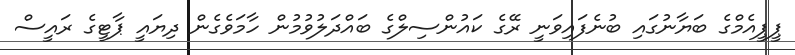
ޕީޕީއެމްގެ ބަޔާނުގައި ބުނެފައިވަނީ ރޭގެ ކައުންސިލްގެ ބައްދަލުވުމުން ހާމަވެގެން ދިޔައީ ޕާޓީގެ ރައީސް